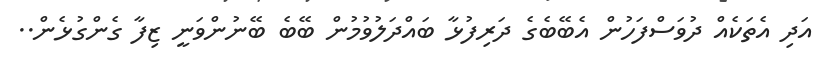
އަދި އެތަކެއް ދުވަސްފަހުން އެބޭބެގެ ދަރިފުޅާާ ބައްދަލުވުމުން ބޭބެ ބޭނުންވަނީ ޒިފާ ގެންގުޅެން..